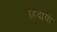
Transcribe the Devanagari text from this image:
हिदाया